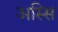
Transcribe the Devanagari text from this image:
अस्सि